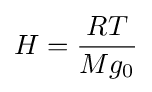
H={\frac {RT}{Mg_{0}}}